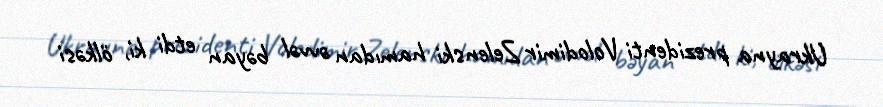
Ukrayna prezidenti Volodimir Zelenski hamıdan əvvəl bəyan etdi ki, ölkəsi